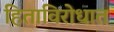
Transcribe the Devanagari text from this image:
हिताविरोधात